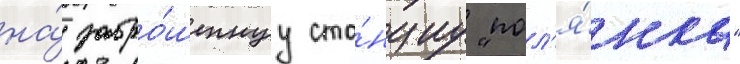
на́ забро́шеннуу ста́нциу "пол'я́нка"